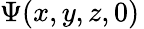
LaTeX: \Psi(x,y,z,0)\,